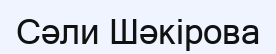
Сәли Шәкірова